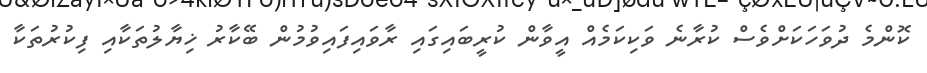
ކޮންމެ ދުވަހަކަށްވެސް ކުރާނެ ވަކިކަމެއް އީވާން ކުރީބައިގައި ރާވައިފައިވުމުން ބޭކާރު ޚިޔާލުތަކާއި ފިކުރުތަކާ